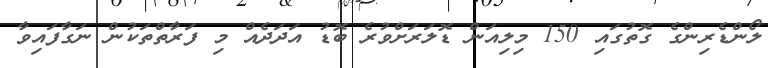
ލޯންޑެރިންގެ ގޮތުގައި 150 މިލިއަން ޑޮލަރަށްވުރެ ބޮޑު އަދަދެއް މި ފަރާތްތަކުން ނަގާފައިވާ